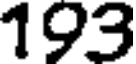
193